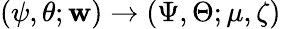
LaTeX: (\psi,\theta;{\mathbf w})\rightarrow(\Psi,\Theta;\mu,\zeta)